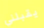
يقبلني